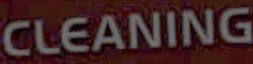
CLEANING